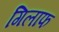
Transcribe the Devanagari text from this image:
गिलाफ